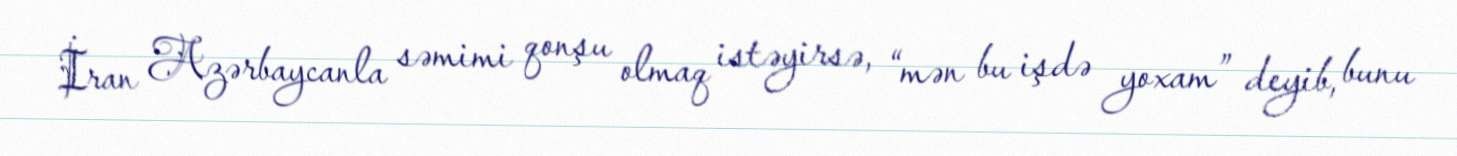
İran Azərbaycanla səmimi qonşu olmaq istəyirsə, “mən bu işdə yoxam” deyib, bunu